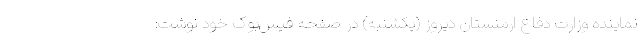
نماینده وزارت دفاع ارمنستان دیروز (یکشنبه) در صفحه فیس‌بوک خود نوشت: